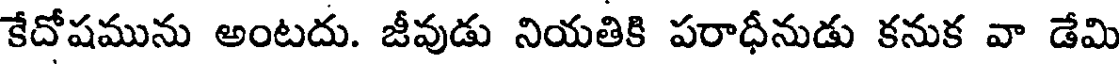
కేదోషమును అంటదు. జీవుడు నియతికి పరాధీనుడు కనుక వా డేమి